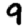
Digit: 9